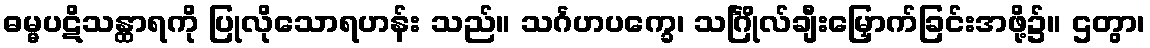
ဓမ္မပဋိသန္ထာရကို ပြုလိုသောရဟန်း သည်။ သင်္ဂဟပက္ခေ၊ သင်္ဂြိုလ်ချီးမြှောက်ခြင်းအဖို့၌။ ဌတွာ၊